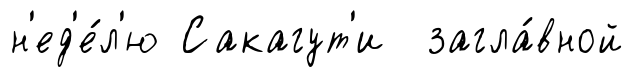
н'ед'е́л'ю Сакагут'и загла́вной